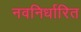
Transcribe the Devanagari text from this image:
नवनिर्धारित